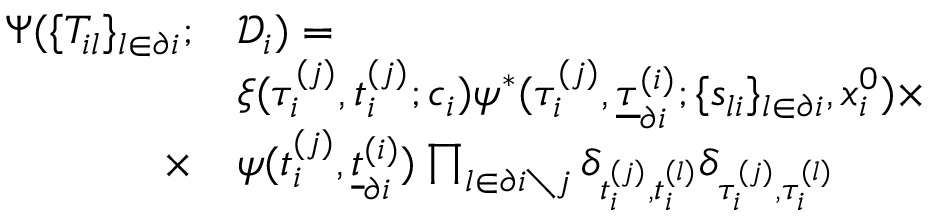
\begin{array} { r } { \begin{array} { r l } { \Psi ( \{ T _ { i l } \} _ { l \in \partial i } ; } & { \mathcal { D } _ { i } ) = } \\ & { \xi ( \tau _ { i } ^ { ( j ) } , t _ { i } ^ { ( j ) } ; c _ { i } ) \psi ^ { * } ( \tau _ { i } ^ { ( j ) } , \underline { { \tau } } _ { \partial i } ^ { ( i ) } ; \{ s _ { l i } \} _ { l \in \partial i } , x _ { i } ^ { 0 } ) \times } \\ { \times } & { \psi ( t _ { i } ^ { ( j ) } , \underline { { t } } _ { \partial i } ^ { ( i ) } ) \prod _ { l \in \partial i \setminus j } \delta _ { t _ { i } ^ { ( j ) } , t _ { i } ^ { ( l ) } } \delta _ { \tau _ { i } ^ { ( j ) } , \tau _ { i } ^ { ( l ) } } } \end{array} } \end{array}